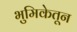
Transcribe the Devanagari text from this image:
भुमिकेतून